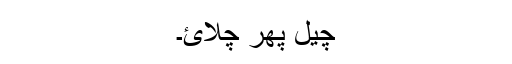
چیل پھر چلائ۔